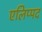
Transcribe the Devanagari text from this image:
एलिप्पद